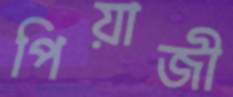
পিয়াজী